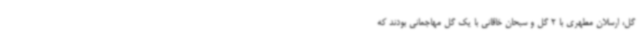
گل، ارسلان مطهری با 2 گل و سبحان خاقانی با یک گل مهاجمانی بودند که